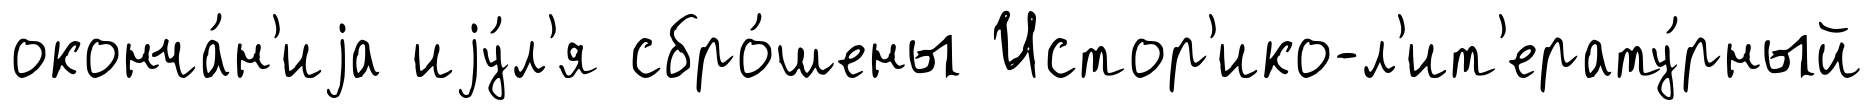
оконча́н'иjа иjу́л'я сбро́шены Истор'ико-л'ит'ерату́рный